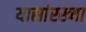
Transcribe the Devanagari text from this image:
यासांरख्या